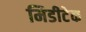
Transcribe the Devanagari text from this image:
मिडीटेक